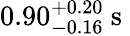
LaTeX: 0.90_{-0.16}^{+0.20}\mathrm{~s~}